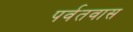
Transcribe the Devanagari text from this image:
पर्वतवास